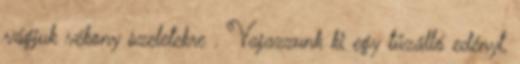
vágjuk vékony szeletekre . Vajazzunk ki egy tűzálló edényt,